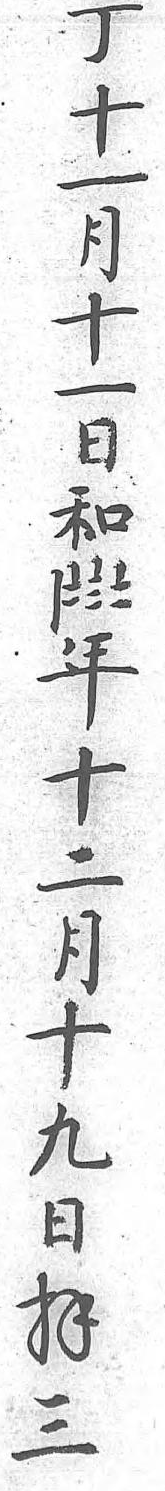
丁十一月十一日和年十二月十九日拜三